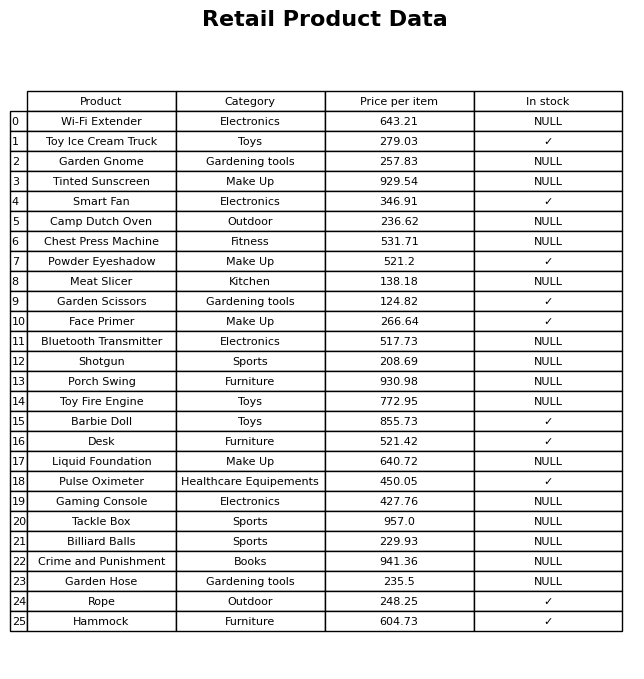
question: What is the price of the Bluetooth Transmitter?
answer: The price of Bluetooth Transmitter is 517.73.